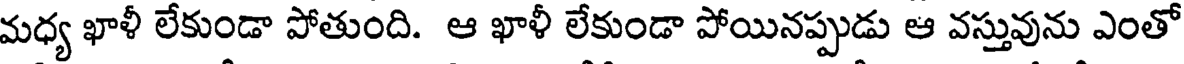
మధ్య ఖాళీ లేకుండా పోతుంది. ఆ ఖాళీ లేకుండా పోయినప్పుడు ఆ వస్తువును ఎంతో